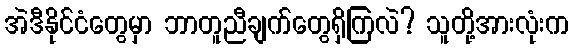
အဲဒီနိုင်ငံတွေမှာ ဘာတူညီချက်တွေရှိကြလဲ? သူတို့အားလုံးက